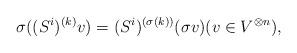
LaTeX: \begin{align*} \sigma((S^i)^{(k)}v)=(S^i)^{(\sigma(k))}(\sigma v) (v\in V^{\otimes n}), \end{align*}